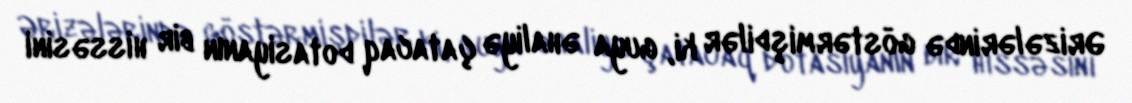
Ərizələrində göstərmişdilər ki, guya əhaliyə çatacaq dotasiyanın bir hissəsini